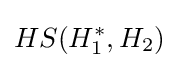
HS(H_{1}^{*},H_{2})